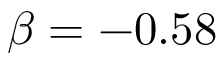
\beta = - 0 . 5 8